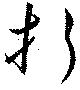
折